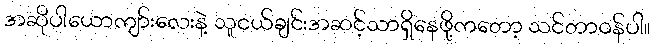
အဆိုပါယောကျာ်းလေးနဲ့ သူငယ်ချင်းအဆင့်သာရှိနေဖို့ကတော့ သင်တာဝန်ပါ။